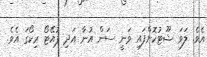
އެވެ. ލަވަ ޝޫޓުކޮށްފައި ވަނީ ސަން އުނާ އަދި ޕުއޭޓޯ ރިކޯގަ އެވެ.